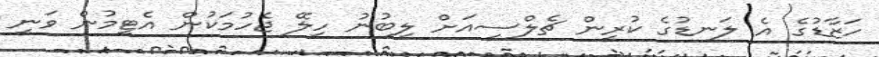
ހަޒާޑުގެ އެ ލަނޑުގެ ކުރީން ޗެލްސީއަށް ލިބުނު ހިލޭ ޖެހުމަކުން އެޓީމުން ވަނީ